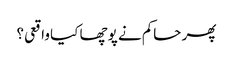
پھر حاکم نے پوچھا کیا واقعی؟